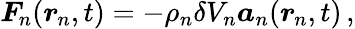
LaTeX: \boldsymbol{F}_{\! \; \! n}(\boldsymbol{r}_{\! \; \! n},t)=-\rho_{n}\delta V_{n}\boldsymbol{a}_{n}(\boldsymbol{r}_{\! \; \! n},t)\, ,